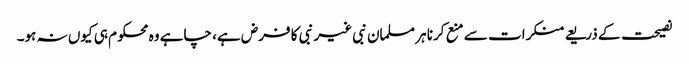
نصیحت کے ذریعے منکرات سے منع کرنا ہر مسلمان نبی غیر نبی کا فرض ہے، چاہے وہ محکوم ہی کیوں نہ ہو۔